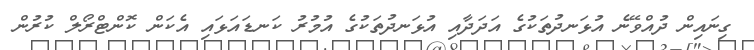
ގިނައިން ދުއްވޭނެ އުޅަނދުތަކުގެ އަދަދާއި އުޅަނދުތަކުގެ އުމުރު ކަނޑައަޅައި އެކަން ކޮންޓްރޯލް ކުރުން